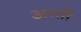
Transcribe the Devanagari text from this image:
अरतीं